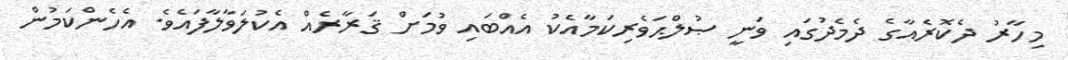
މިހާރު ދެކޮރެއާގެ ދެމެދުގައި ވަނީ ޞުލްޙަވެރިކަމާއެކު އެއްބައި ވުމަށް ޤަރާރެއް އެކުލަވާލާފައެވެ. އެހެންކަމުން